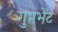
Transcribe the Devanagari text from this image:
गुप्तभेंट